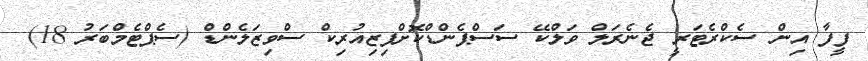
ފީފާ އިން ސެކްރެޓަރީ ޖެނެރަލް ވަލްކޭ ސަސްޕެންޑްކޮށްފިޒިއުރިކް ސްވިޒަލެންޑް (ސެޕްޓެމްބަރު 18)